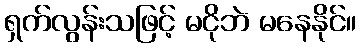
ရှက်လွန်းသဖြင့် မငိုဘဲ မနေနိုင်။